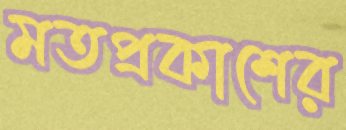
মতপ্রকাশের